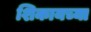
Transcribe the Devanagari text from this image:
शिकायच्या